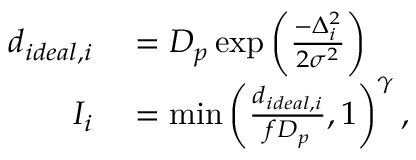
\begin{array} { r l } { d _ { i d e a l , i } } & { { } = D _ { p } \exp \left( \frac { - \Delta _ { i } ^ { 2 } } { 2 \sigma ^ { 2 } } \right) } \\ { I _ { i } } & { { } = \operatorname* { m i n } \left( \frac { d _ { i d e a l , i } } { f D _ { p } } , 1 \right) ^ { \gamma } , } \end{array}